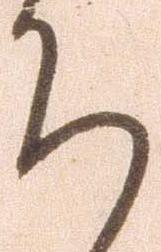
ち